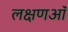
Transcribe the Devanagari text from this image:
लक्षणऑं